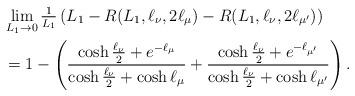
LaTeX: \begin{align*}&\lim_{L_1\to0}\tfrac{1}{L_1}\left(L_1-R(L_1,\ell_\nu,2\ell_\mu)-R(L_1,\ell_\nu,2\ell_{\mu'})\right)\\&=1-\left(\frac{\cosh\frac{\ell_\nu}{2}+e^{-\ell_\mu}}{\cosh\frac{\ell_\nu}{2}+\cosh\ell_\mu} +\frac{\cosh\frac{\ell_\nu}{2}+e^{-\ell_{\mu'}}}{\cosh\frac{\ell_\nu}{2}+\cosh\ell_{\mu'}}\right).\end{align*}